Papaver somniferum - Opium : an extract from the sixth volume of the Dictionary of Economic Products of India
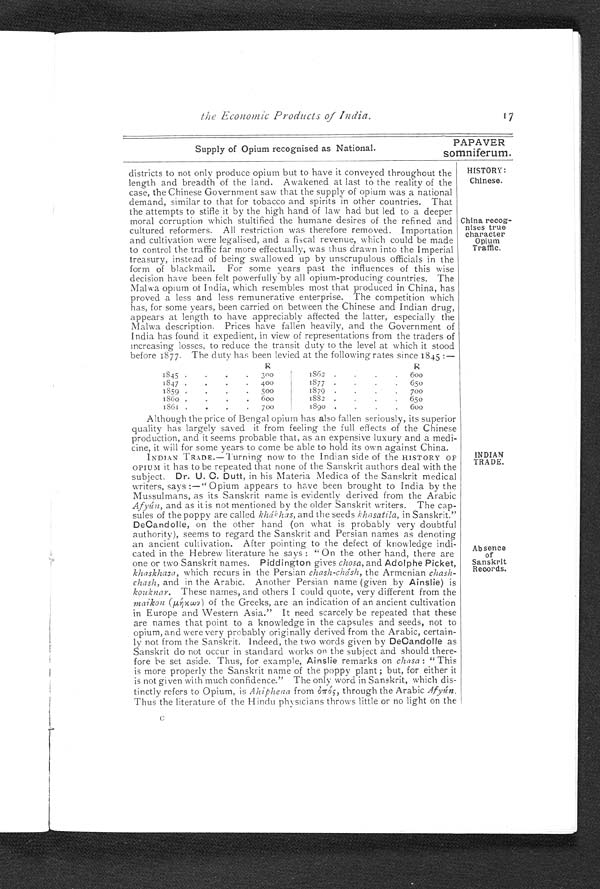
the Economic Products of India.
Supply of Opium recognised as National.
PAPAVER
somniferum.
districts to not only produce opium but to have it conveyed throughout the HISTORY:
length and breadth of the land. Awakened at last to the reality of the Chinese.
case, the Chinese Government saw that the supply of opium was a national
demand, similar to that for tobacco and spirits in other countries. That
the attempts to stifle it by the high hand of law had but led to a deeper
moral corruption which stultified the humane desires of the refined and
cultured reformers. All restriction was therefore removed. Importation
and cultivation were legalised, and a fiscal revenue, which could be made
to control the traffic far more effectually, was thus drawn into the Imperial
treasury, instead of being swallowed up by unscrupulous officials in the
form of blackmail. For some years past the influences of this wise
decision have been felt powerfully by all opium-producing countries. The
Malwa opium of India, which resembles most that produced in China, has
proved a less and less remunerative enterprise. The competition which
has, for some years, been carried on between the Chinese and Indian drug,
appears at length to have appreciably affected the latter, especially the
Malwa description. Prices have fallen heavily, and the Government of
India has found it expedient, in view of representations from the traders of
increasing losses, to reduce the transit duty to the level at which it stood
before 1877. The duty has been levied at the following rates since 1845:—
H
H
1845 . . . .
3 0 0
1862 .
. . 600
1847 • • •
. 400
1877 . . . . 65o
1859 . . . .
5 0 0
1879 . . . . 700
186o . . . . 600
1882 .
. . 65o
China recog-
nises true
character Opium
Traffic.
Although the price of Bengal opium has also fallen seriously, its superior
quality has largely saved it from feeling the full effects of the Chinese
production, and it seems probable that, as an expensive luxury and a medi-
cine, it will for some years to come be able to hold its own against China.
INDIAN TRADE.—Turning now to the Indian side of the HISTORY OF
OPIUM it has to be repeated that none of the Sanskrit authors deal with the
subject. Dr. U. C. Dutt, in his Materia Medica of the Sanskrit medical
writers, says :—" Opium appears to have been brought to India by the
Mussulmans, as its Sanskrit name is evidently derived from the Arabic
Afyún, and as it is not mentioned by the older Sanskrit writers. The cap-
sules of the poppy are called khákhas, and the seeds khasatila, in Sanskrit."
DeCandolle, on the other hand (on what is probably very doubtful
authority), seems to regard the Sanskrit and Persian names as denoting,
an ancient cultivation. After pointing to the defect of knowledge indi-
cated in the Hebrew literature he says : "On the other hand, there are
one or two Sanskrit names. Piddington gives chosa, and Adolphe Picket,
khaskhasa, which recurs in the Persian chash-chásh, the Armenian chash-
chash, and in the Arabic. Another Persian name (given by Ainslie) is
kouknar. These names, and others I could quote, very different from the
maikon (µή χ ω ν )
o f t h e G r e e k s , a r e a n i n d i c a t i o n o f a n a n c i e n t c u l t i v a t i o n
in Europe and Western Asia." It need scarcely be repeated that these
are names that point to a knowledge in the capsules and seeds, not to
opium, and were very probably originally derived from the Arabic, certain-
ly not from the Sanskrit. Indeed, the two words given by DeCandolle as
Sanskrit do not occur in standard works on the subject and should there-
fore be set aside. Thus, for example, Ainslie remarks on chasa: "This
is more properly the Sanskrit name of the poppy plant ; but, for either it
is not given with much confidence." The only word in Sanskrit, which dis-
tinctly refers to Opium, is Ahiphena from ỏπóς, through the Arabic Afyún.
Thus the literature of the Hindu physicians throws little or no light on the
INDIAN
TRADE.
Absence of
Sanskrit
Records.